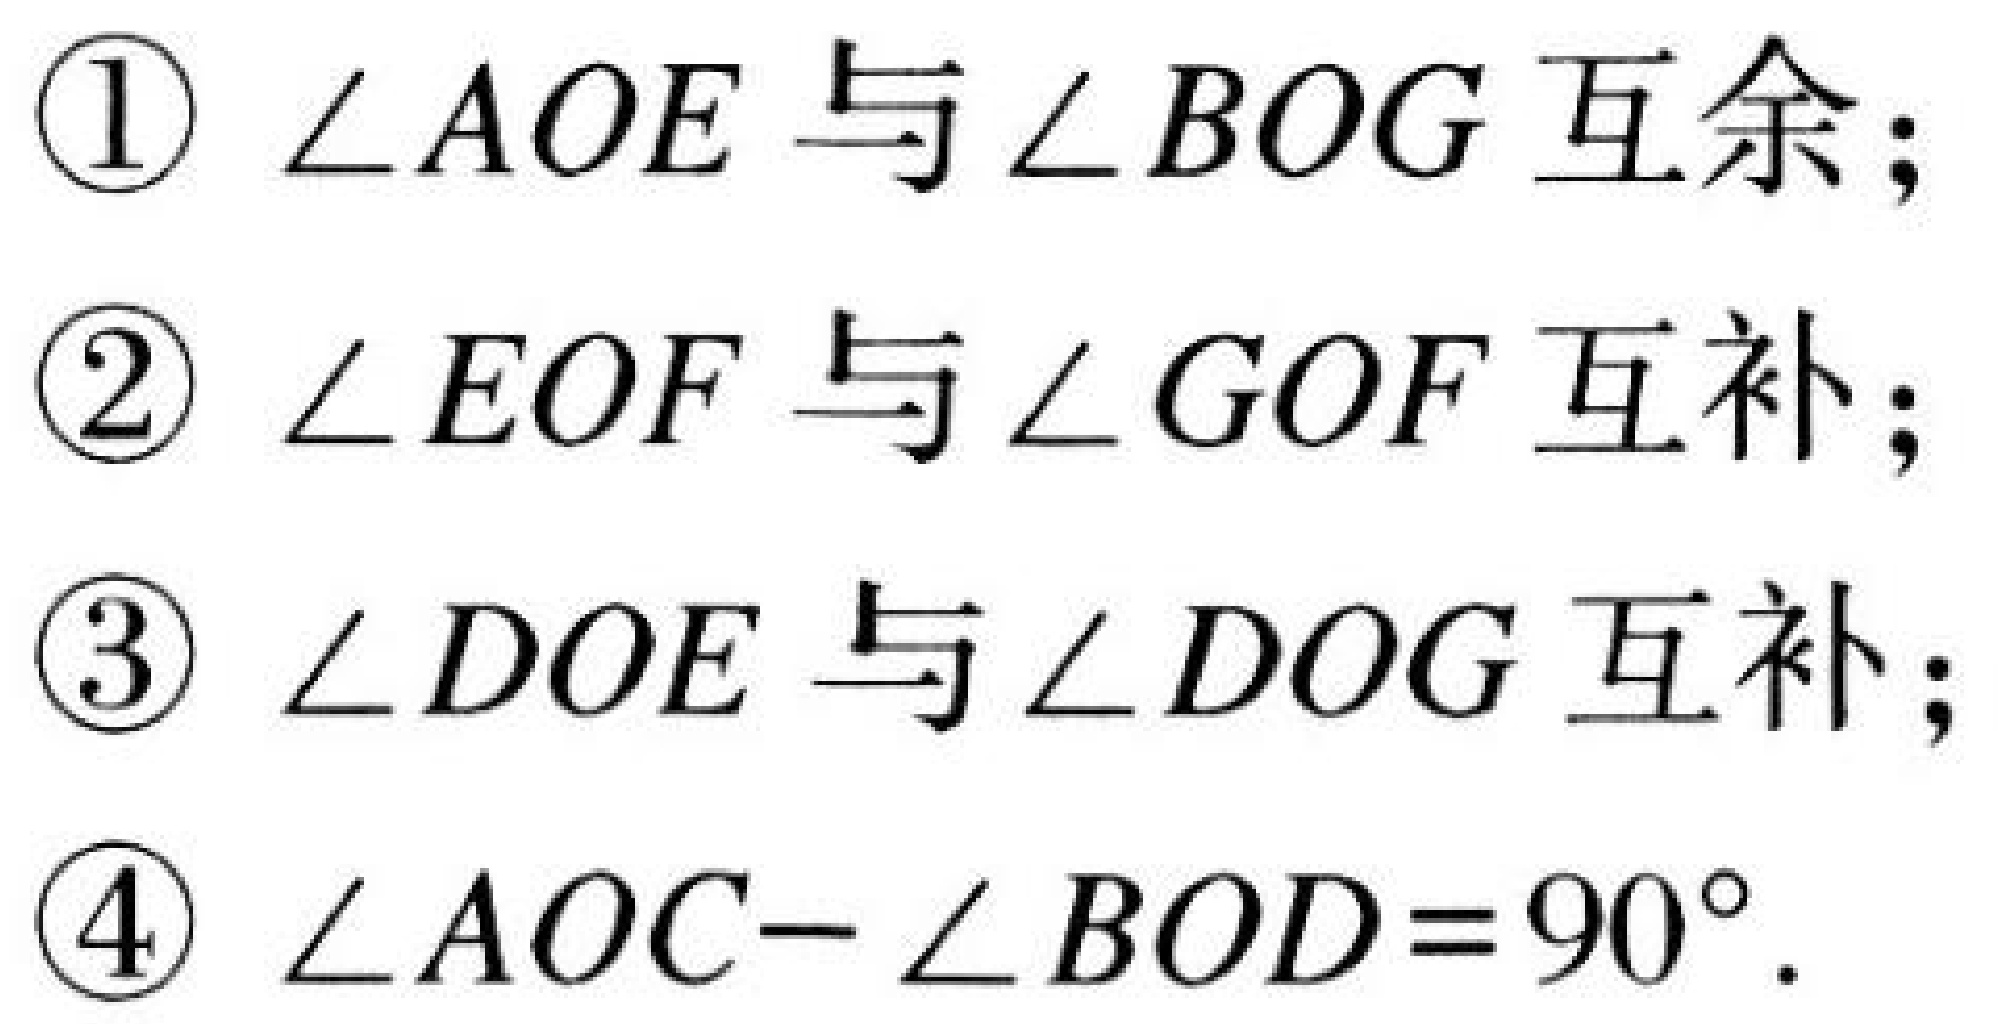
\textcircled{1} \(\angle AOE\) 与 \(\angle BOG\) 互余；
\textcircled{2} \(\angle EOF\) 与 \(\angle GOF\) 互补；
\textcircled{3} \(\angle DOE\) 与 \(\angle DOG\) 互补；
\textcircled{4} \(\angle AOC - \angle BOD = 90^{\circ}\).